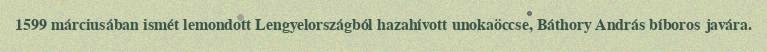
1599 márciusában ismét lemondott Lengyelországból hazahívott unokaöccse, Báthory András bíboros javára.